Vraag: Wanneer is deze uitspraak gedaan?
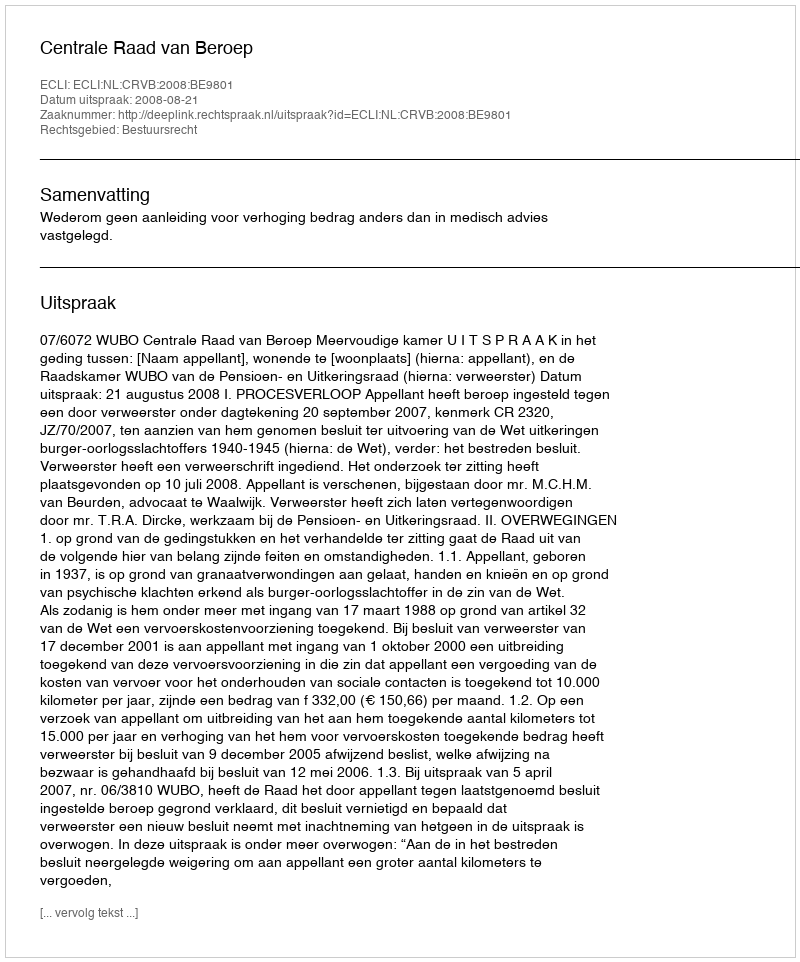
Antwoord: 2008-08-21